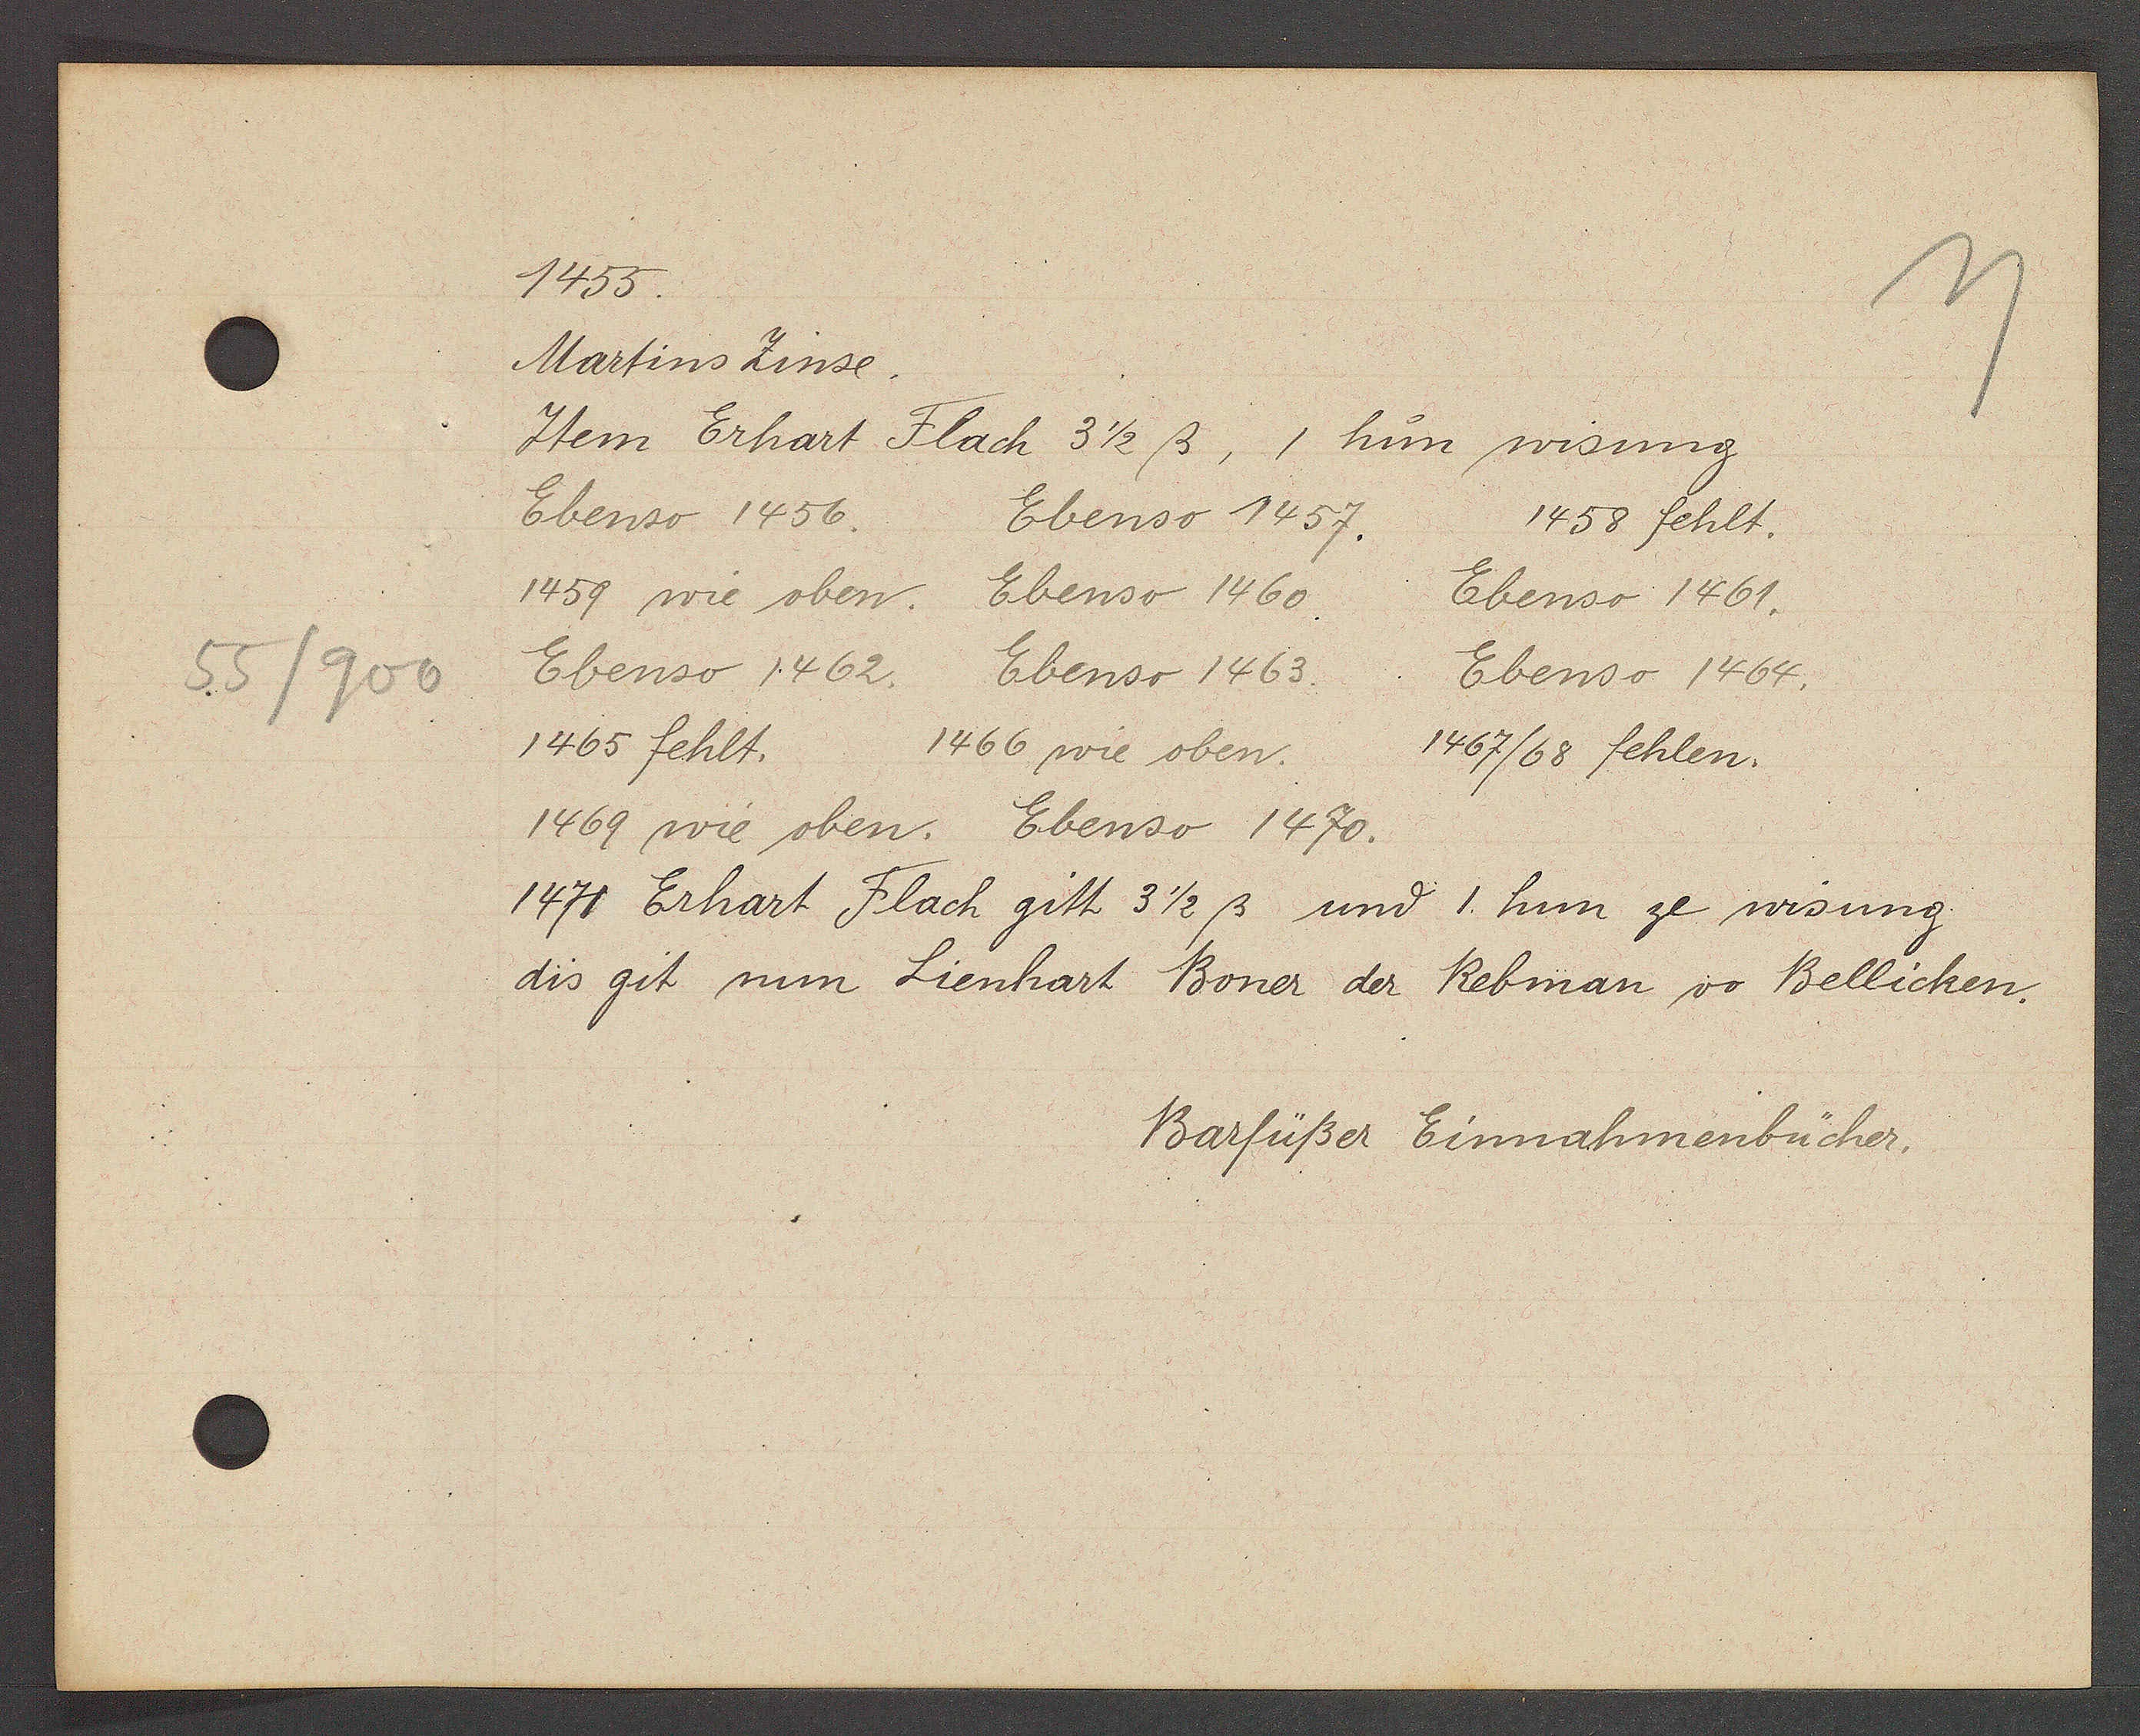
Transcript:
55/900

1455.

Martins Zinse.
Item Erhart Flach 3 1/2ß, 1 hun wisung
Ebenso 1456.
Ebenso 1457.
1458 fehlt.
1459 wie oben.
Ebenso 1460
Ebenso 1461.
Ebenso 1462.
Ebenso 1463.
Ebenso 1464.
1465 fehlt.
1466 wie oben.
1467/68 fehlen.
1469 wie oben. Ebenso 1470.
1471 Erhart Flach gitt 3 1/2 ß und 1 hun ze wisung.
dis git nun Lienhart Boner der Rebman vo Bellicken.

Barfüßer Einnahmenbücher.